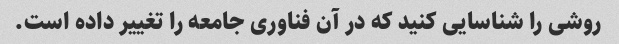
روشی را شناسایی کنید که در آن فناوری جامعه را تغییر داده است.